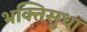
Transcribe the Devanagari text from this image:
भक्तिसुधा